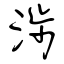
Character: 涉